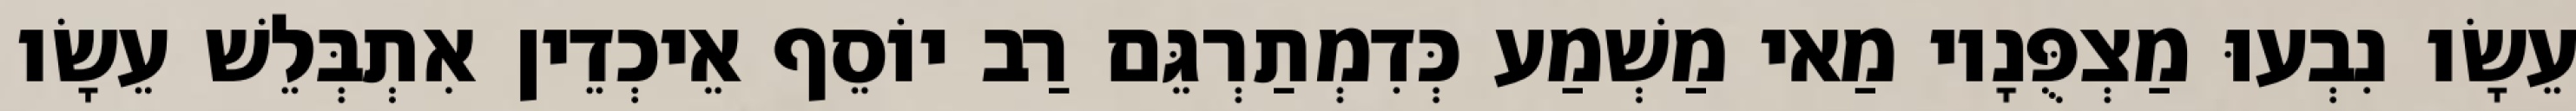
עֵשָׂו נִבְעוּ מַצְפֻּנָיו מַאי מַשְׁמַע כְּדִמְתַרְגֵּם רַב יוֹסֵף אֵיכְדֵין אִתְבְּלֵשׁ עֵשָׂו